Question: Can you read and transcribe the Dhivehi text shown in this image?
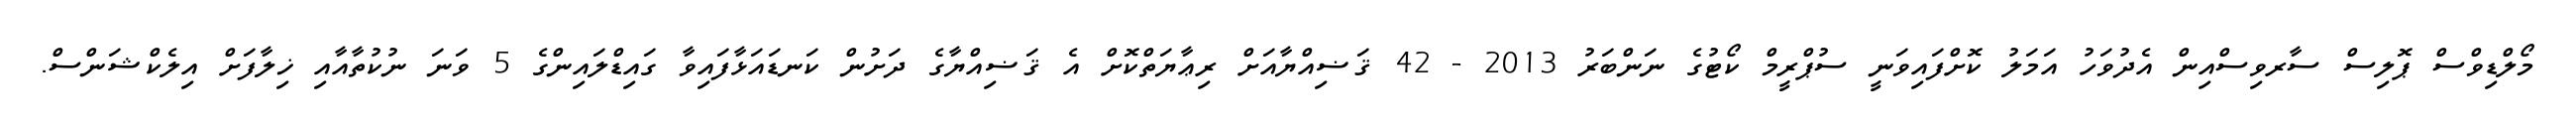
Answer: މޯލްޑިވްސް ޕޮލިސް ސާރވިސްއިން އެދުވަހު އަމަލު ކޮށްފައިވަނީ ސުޕްރީމް ކޯޓުގެ ނަންބަރު 2013 - 42 ޤަޟިއްޔާއަށް ރިޢާޔަތްކޮށް އެ ޤަޟިއްޔާގެ ދަށުން ކަނޑައަޅާފައިވާ ގައިޑްލައިންގެ 5 ވަނަ ނުކުތާއާއި ޚިލާފަށް އިލެކްޝަންސް.